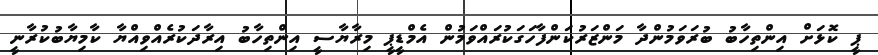
ޕީ ކޮޅަށް އިންތިހާބު ބުރަވަމުންދާ މަންޒަރުކަންފާހަގަކުރައްވަމުން އެމްޑީީޕީ މިރާޔާސީ އިންތިހާބު އިރާދަކުރެއްވިއްޔާ ކާމިޔާބުކުރާނީ